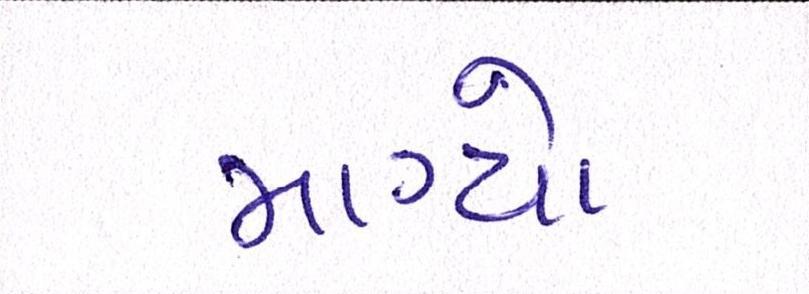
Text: માગ્યો